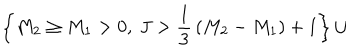
LaTeX: \left\{ M _ { 2 } \ge M _ { 1 } > 0 , ~ J > { \frac { 1 } { 3 } } \left( M _ { 2 } - M _ { 1 } \right) + 1 \right\} \cup